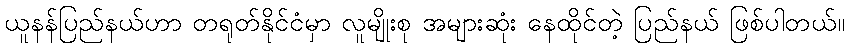
ယူနန်ပြည်နယ်ဟာ တရုတ်နိုင်ငံမှာ လူမျိုးစု အများဆုံး နေထိုင်တဲ့ ပြည်နယ် ဖြစ်ပါတယ်။